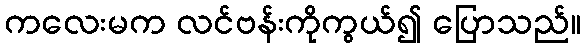
ကလေးမက လင်ဗန်းကိုကွယ်၍ ပြောသည်။